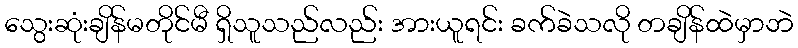
သွေးဆုံးချိန်မတိုင်မီ ရှိသူသည်လည်း အားယူရင်း ခက်ခဲသလို တချိန်ထဲမှာဘဲ